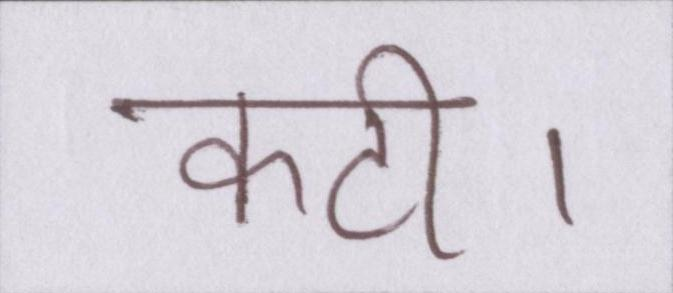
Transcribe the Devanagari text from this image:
कटी।